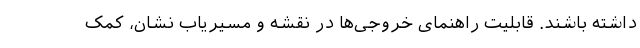
داشته باشند. قابلیت راهنمای خروجی‌ها در نقشه و مسیریاب نشان، کمک